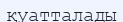
қуатталады